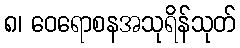
၈၊ ဝေရောစနအသုရိန်သုတ်